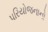
પરિયોજનાનો